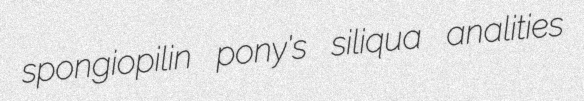
spongiopilin pony's siliqua analities